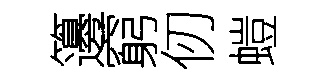
籩窮仞螘